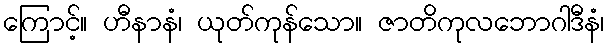
ကြောင့်။ ဟီနာနံ၊ ယုတ်ကုန်သော။ ဇာတိကုလဘောဂါဒီနံ၊